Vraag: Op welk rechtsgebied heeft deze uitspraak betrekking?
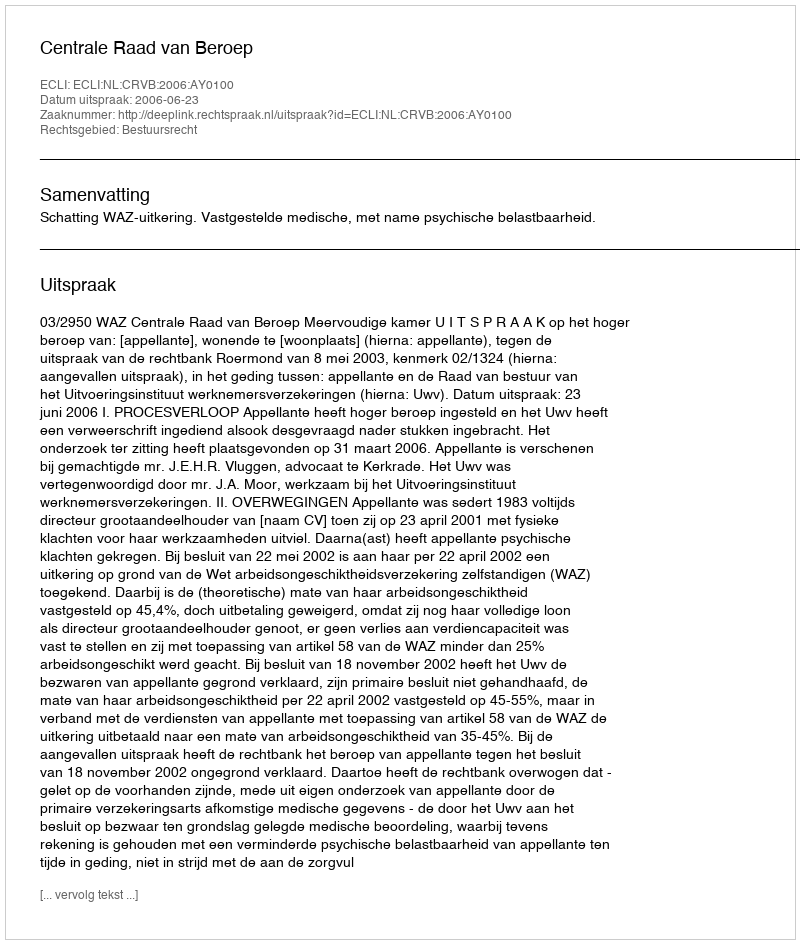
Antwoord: Bestuursrecht